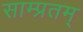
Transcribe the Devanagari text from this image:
साम्प्रतम्